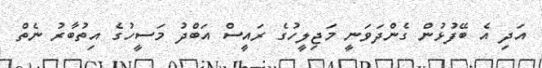
އަދި އެ ބޭފުޅުން ގެންދަވަނީ މަޖިލީހުގެ ރައީސް އަބްދު މަސީހުގެ އިތުބާރު ނެތް